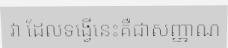
វា ដែលទង្វើនេះគឺជាសញ្ញាណ